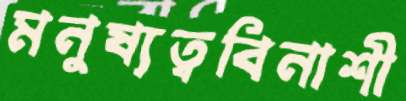
মনুষ্যত্ববিনাশী